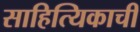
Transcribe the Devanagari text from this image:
साहित्यिकाची